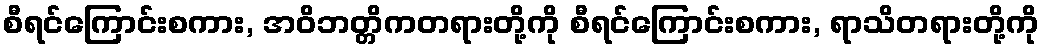
စီရင်ကြောင်းစကား, အဝိဘတ္တိကတရားတို့ကို စီရင်ကြောင်းစကား, ရာသိတရားတို့ကို